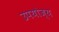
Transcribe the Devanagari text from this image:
उपयोज्य